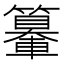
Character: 𨏉